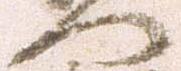
門